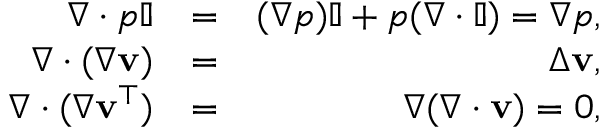
\begin{array} { r l r } { \nabla \cdot p \mathbb { I } } & { = } & { ( \nabla p ) \mathbb { I } + p ( \nabla \cdot \mathbb { I } ) = \nabla p , } \\ { \nabla \cdot ( \nabla \mathbf { v } ) } & { = } & { \Delta \mathbf { v } , } \\ { \nabla \cdot ( \nabla \mathbf { v } ^ { \top } ) } & { = } & { \nabla ( \nabla \cdot \mathbf { v } ) = 0 , } \end{array}